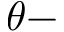
\theta -